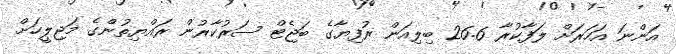
އަންނަ އަހަރަށް ލަފާކުރާ 26.6 ބިލިއަން ރުފިޔާގެ ބަޖެޓް ސަރުކާރުން ރައްޔިތުންގެ މަޖިލީހަށް